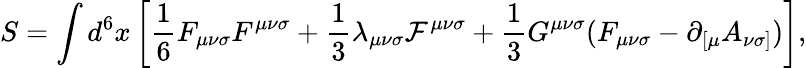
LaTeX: S=\int d^{6}x\left[{\frac 16}F_{{\mu}{\nu}{\sigma}}F^{{\mu}{\nu}{\sigma}}+{\frac 13}{\lambda}_{{\mu}{\nu}{\sigma}}{\cal F}^{{\mu}{\nu}{\sigma}}+{\frac 13}G^{{\mu}{\nu}{\sigma}}(F_{{\mu}{\nu}{\sigma}}-{\partial}_{[{\mu}}A_{{\nu}{\sigma}]})\right],